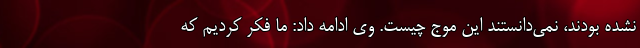
نشده بودند، نمی‌دانستند این موج چیست. وی ادامه داد: ما فکر کردیم که